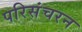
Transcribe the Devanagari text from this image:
परिसंचरन